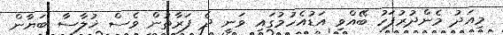
މިއަދު މެންދުރުފަހު ބޭއްވި އަޑުއެހުމުގައި ވަނީ ދެ ފަރާތުން ވެސް ޚުލާސާ ބަޔާން